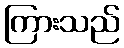
ကြားသည်